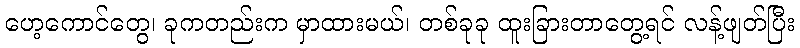
ဟေ့ကောင်တွေ၊ ခုကတည်းက မှာထားမယ်၊ တစ်ခုခု ထူးခြားတာတွေ့ရင် လန့်ဖျတ်ပြီး